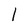
Character: 1